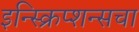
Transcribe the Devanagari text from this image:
इन्स्क्रिप्शन्सचा